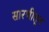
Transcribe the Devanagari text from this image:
सारणीतून